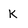
Character: K